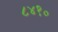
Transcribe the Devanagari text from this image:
८४१०